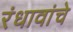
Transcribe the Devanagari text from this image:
रंधावांचे